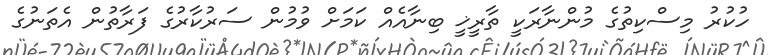
ހުކުރު މިސްކިތުގެ މުންނާރަކީ ތާރީޚީ ބިނާއެއް ކަމަށް ވުމުން ސަރުކާރުގެ ފަރާތުން އެތަނުގެ